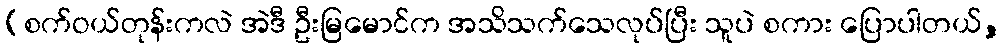
(စက်ဝယ်တုန်းကလဲ အဲဒီ ဦးမြမောင်က အသိသက်သေလုပ်ပြီး သူပဲ စကား ပြောပါတယ်,